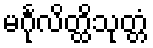
မင်္ဂုလိတ္ထိသုတ္တံ